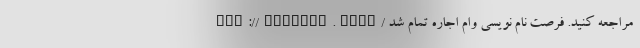
ttp://starhub.info/ مراجعه کنید. فرصت نام نویسی وام اجاره تمام شد